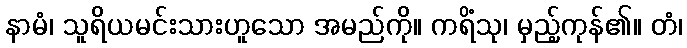
နာမံ၊ သူရိယမင်းသားဟူသော အမည်ကို။ ကရိံသု၊ မှည့်ကုန်၏။ တံ၊